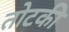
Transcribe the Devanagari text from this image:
तोटकी